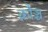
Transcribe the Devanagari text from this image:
क्रौञ्च